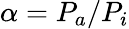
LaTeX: \alpha=P_{a}/P_{i}